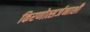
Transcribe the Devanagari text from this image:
किरणोत्सर्जनाशी